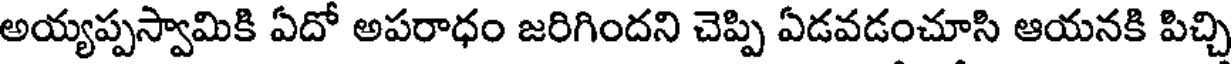
అయ్యప్పస్వామికి ఏదో అపరాధం జరిగిందని చెప్పి ఏడవడంచూసి ఆయనకి పిచ్చి